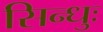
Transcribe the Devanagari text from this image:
सिन्धुः